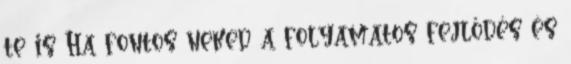
te is Ha fontos neked a folyamatos fejlődés és